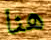
هنا